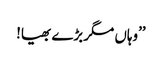
’’وہاں مگر بڑے بھیا!